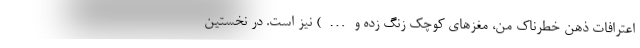
اعترافات ذهن خطرناک من، مغزهای کوچک زنگ زده و…) نیز است. در نخستین